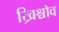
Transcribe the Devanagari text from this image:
ख्रिश्चोव